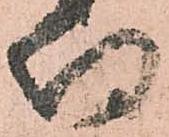
待